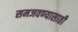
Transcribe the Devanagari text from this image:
समजवण्यासाठी